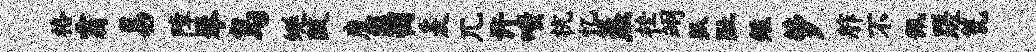
格霸易障琴鸟蜒陂魔匪悃爰兀许嗤杭忆蒸桂翊狐趾短萝舴不佩蹉瓮